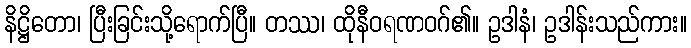
နိဋ္ဌိတော၊ ပြီးခြင်းသို့ရောက်ပြီ။ တဿ၊ ထိုနီဝရဏဝဂ်၏။ ဥဒါနံ၊ ဥဒါန်းသည်ကား။